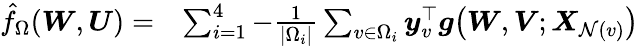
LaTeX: \begin{array}{rl}{\hat{f}_{\Omega}({\boldsymbol W},{\boldsymbol U})=}&{\sum_{i=1}^{4}-\frac{1}{|\Omega_{i}|}\sum_{v\in\Omega_{i}}{\boldsymbol y}_{v}^{\top}{\boldsymbol g}\big({\boldsymbol W},{\boldsymbol V};{\boldsymbol X}_{\mathcal{N}(v)}\big)}\end{array}